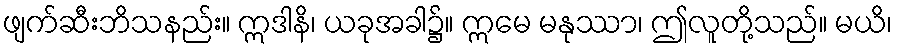
ဖျက်ဆီးဘိသနည်း။ ဣဒါနိ၊ ယခုအခါ၌။ ဣမေ မနုဿာ၊ ဤလူတို့သည်။ မယိ၊